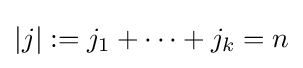
|j|:=j_{1}+\cdots +j_{k}=n